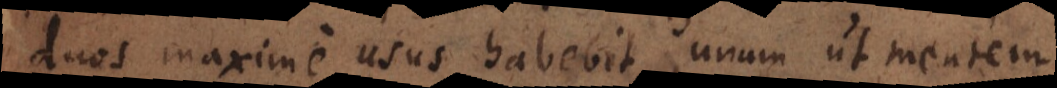
duos maxime usus habebit: unum ut mentem